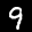
Label: 9